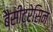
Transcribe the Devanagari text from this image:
बैसीट्रेसिन